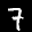
Label: 7